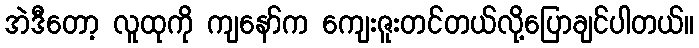
အဲဒီတော့ လူထုကို ကျနော်က ကျေးဇူးတင်တယ်လို့ပြောချင်ပါတယ်။